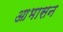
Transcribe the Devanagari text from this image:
आभासन